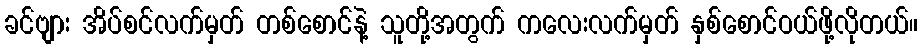
ခင်ဗျား အိပ်စင်လက်မှတ် တစ်စောင်နဲ့ သူတို့အတွက် ကလေးလက်မှတ် နှစ်စောင်ဝယ်ဖို့လိုတယ်။